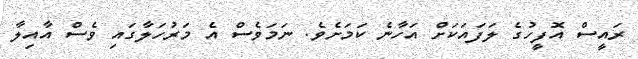
ރައީސް އޮފީހުގެ ލަފައަކަށް އަހާނެ ކަމަށެވެ. ނަމަވެސް އެ މަރުހަލާގައި ވެސް އާއިލާ